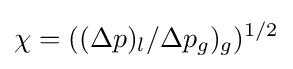
\chi =((\Delta p)_{l}/\Delta p_{g})_{g})^{1/2}